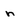
Character: n